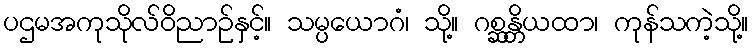
ပဌမအကုသိုလ်ဝိညာဉ်နှင့်။ သမ္ပယောဂံ၊ သို့။ ဂစ္ဆန္တိယထာ၊ ကုန်သကဲ့သို့။